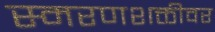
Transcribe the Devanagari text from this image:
स्मरणशक्तीवर